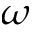
\omega